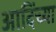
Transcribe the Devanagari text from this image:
आदिंच्या